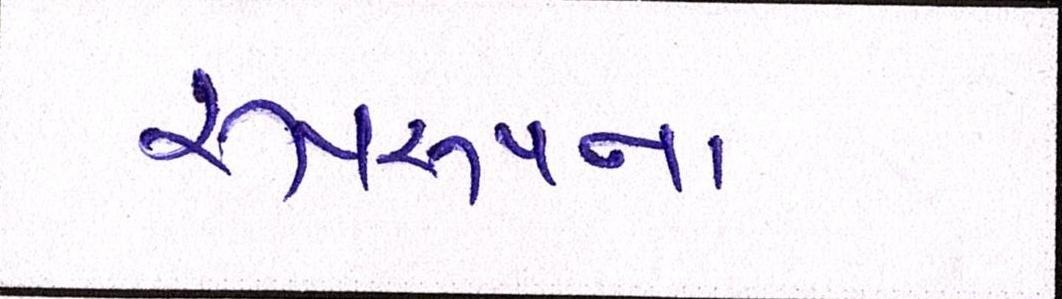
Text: રૂપરૂપના